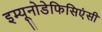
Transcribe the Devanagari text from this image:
इम्यूनोडेफिसिएंसी